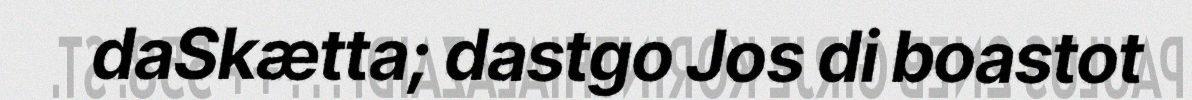
daSkætta; dastgo Jos di boastot